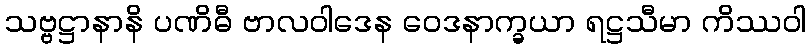
သဗ္ဗဋ္ဌာနာနိ ပဏိဓီ ဗာလဝါဒေန ဝေဒနာက္ခယာ ရဋ္ဌသီမာ ကိဿဝါ